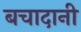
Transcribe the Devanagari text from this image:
बचादानी